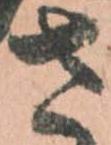
さ